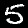
Label: 5